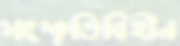
সংস্কৃতিবিহীন